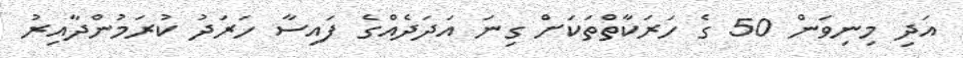
އަދި މިނިވަން 50 ގެ ހަރަކާތްތަކަށް ގިނަ އަދަދެއްގެ ފައިސާ ހަރަދު ކުރަމުންދާއިރު